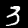
Label: 3